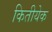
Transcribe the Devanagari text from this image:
कितीयेक